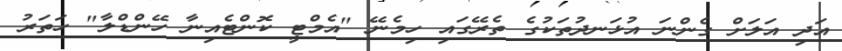
އަދި އަލަށް ގެންނަ އުޅަނދުތަކުގެ ތެރޭގައި ހިމެނޭ "އެމްޓީ ކޮންޓެއިނާ ހޭންޑްލާ" ހަތަރު